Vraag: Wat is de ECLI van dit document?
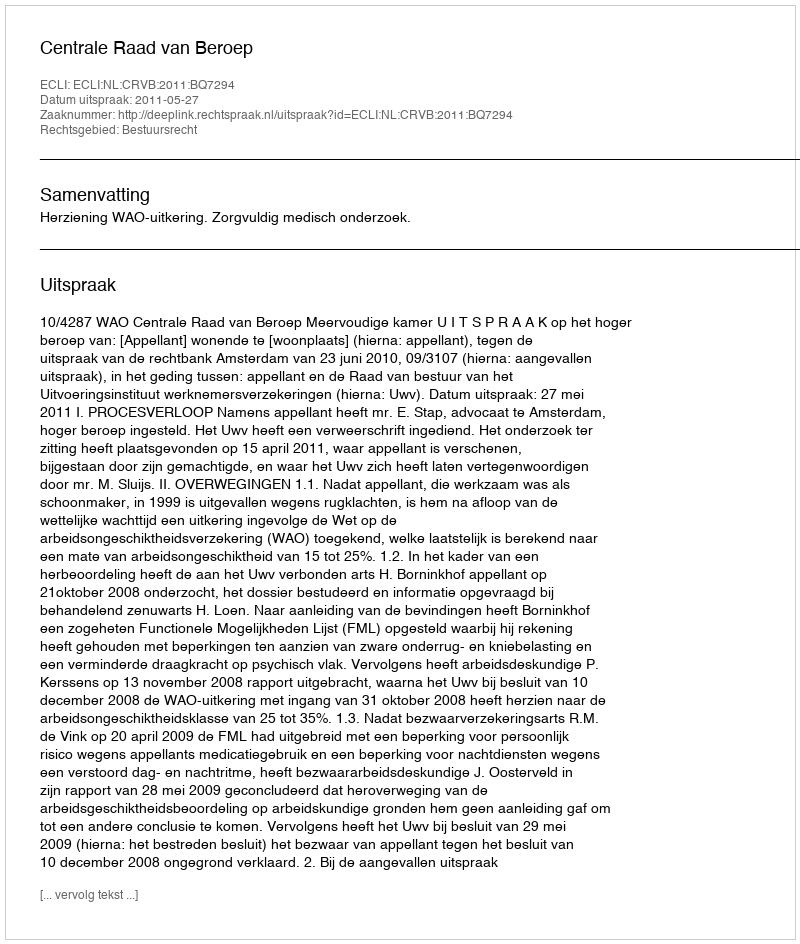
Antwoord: ECLI:NL:CRVB:2011:BQ7294